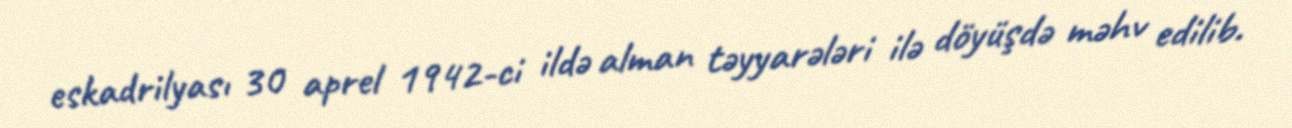
eskadrilyası 30 aprel 1942-ci ildə alman təyyarələri ilə döyüşdə məhv edilib.